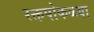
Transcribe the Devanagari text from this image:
रक्तपोकळ्या